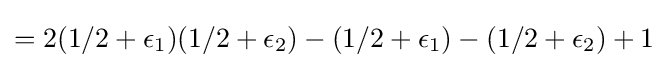
=2(1/2+\epsilon _{1})(1/2+\epsilon _{2})-(1/2+\epsilon _{1})-(1/2+\epsilon _{2})+1